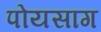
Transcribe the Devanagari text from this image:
पोयसाग